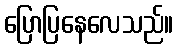
ပြောပြနေလေသည်။